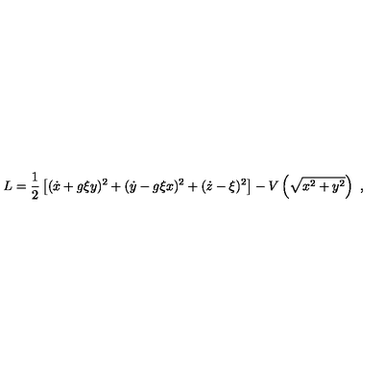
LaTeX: L = \frac { 1 } { 2 } \left[ ( \dot { x } + g \xi y ) ^ { 2 } + ( \dot { y } - g \xi x ) ^ { 2 } + ( \dot { z } - \xi ) ^ { 2 } \right] - V \left( \sqrt { x ^ { 2 } + y ^ { 2 } } \right) \ ,